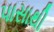
પાસાથી